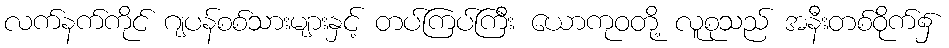
လက်နက်ကိုင် ဂျပန်စစ်သားများနှင့် တပ်ကြပ်ကြီး ယောကုဝတို့ လူစုသည် အနီးတစ်ဝိုက်၌